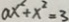
a x ^ { 2 } + x ^ { 2 } = 3